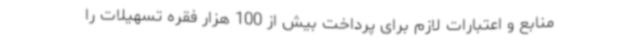
منابع و اعتبارات لازم برای پرداخت بیش از 100 هزار فقره تسهیلات را